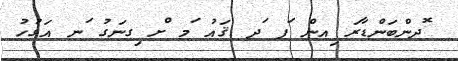
ޮދންބަންޑާރަ ިއން ަފ ަދ ޤައު ަމ ްށ ިގނަގު ަނ އަގުހު